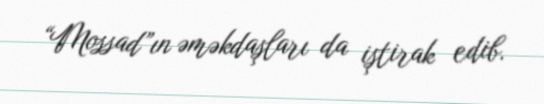
“Mossad”ın əməkdaşları da iştirak edib.